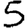
Digit: 5